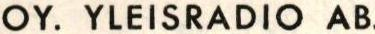
OY. YLEISRADIO AB